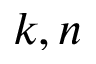
k , n